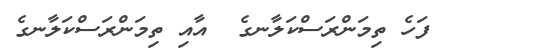
١٦     ފަހެ ތިމަންރަސްކަލާނގެ  އާއި ތިމަންރަސްކަލާނގެ